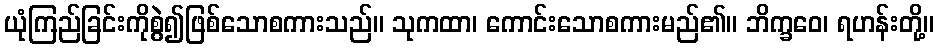
ယုံကြည်ခြင်းကိုစွဲ၍ဖြစ်သောစကားသည်။ သုကထာ၊ ကောင်းသောစကားမည်၏။ ဘိက္ခဝေ၊ ရဟန်းတို့။